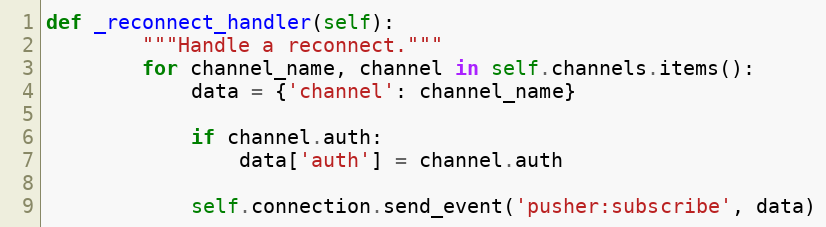
Language: Python
def _reconnect_handler(self):
        """Handle a reconnect."""
        for channel_name, channel in self.channels.items():
            data = {'channel': channel_name}

            if channel.auth:
                data['auth'] = channel.auth

            self.connection.send_event('pusher:subscribe', data)